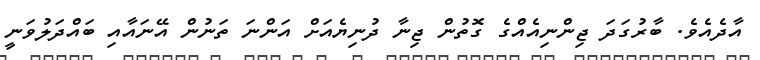
އާދެއެވެ. ބާރުގަދަ ޖިންނިއެއްގެ ގޮތުން ޖިނާ ދުނިޔެއަށް އަންނަ ތަނުން އޭނައާއި ބައްދަލުވަނީ